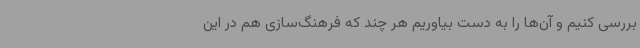
بررسی کنیم و آن‌ها را به دست بیاوریم هر چند که فرهنگ‌سازی هم در این